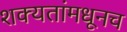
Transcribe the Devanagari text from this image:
शक्यतांमधूनच